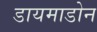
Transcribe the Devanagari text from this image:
डायमाडोन